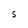
Character: S